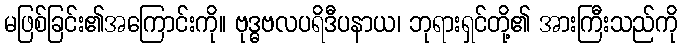
မဖြစ်ခြင်း၏အကြောင်းကို။ ဗုဒ္ဓဗလပရိဒီပနာယ၊ ဘုရားရှင်တို့၏ အားကြီးသည်ကို